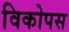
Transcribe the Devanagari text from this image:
विकोपस